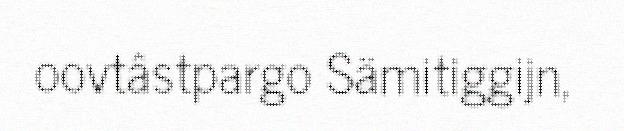
oovtâstpargo Sämitiggijn,